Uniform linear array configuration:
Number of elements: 16
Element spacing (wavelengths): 1
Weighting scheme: kaiser
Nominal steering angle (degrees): -60
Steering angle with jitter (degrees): -58.785
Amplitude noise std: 0.05
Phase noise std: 0.05

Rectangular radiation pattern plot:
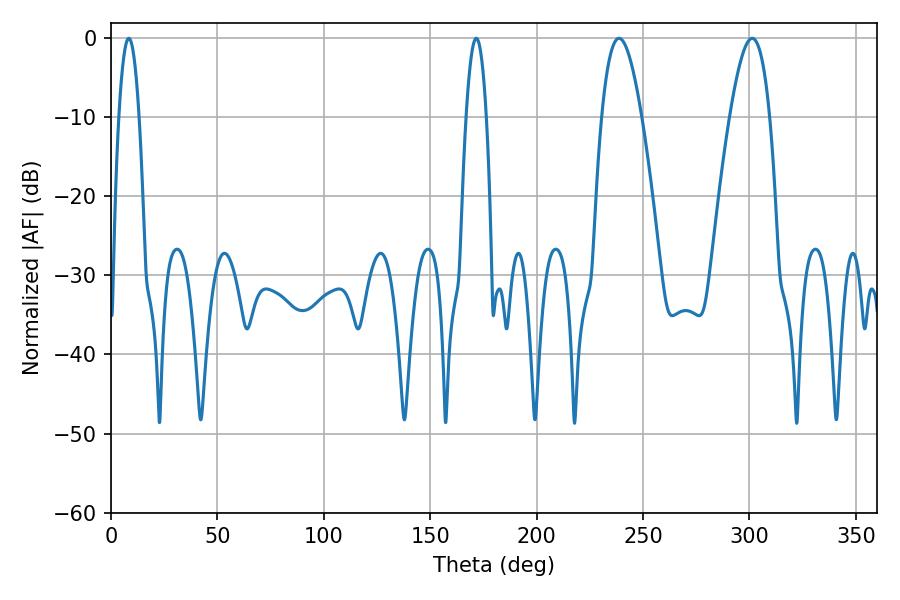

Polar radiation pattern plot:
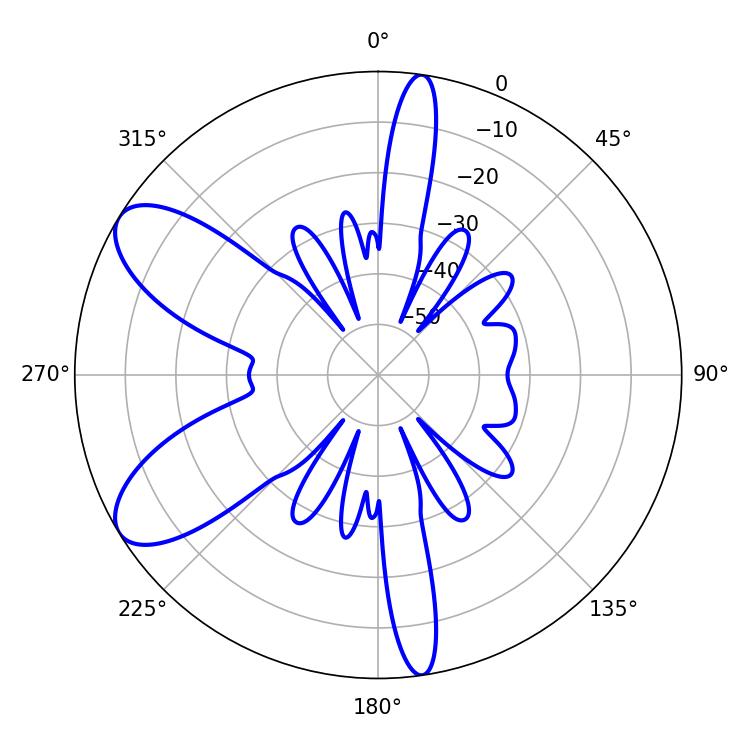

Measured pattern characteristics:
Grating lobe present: TRUE
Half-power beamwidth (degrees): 10.26
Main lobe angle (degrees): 238.68